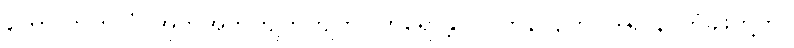
ကောလာဟလံ၊ အုတ်အုတ်ကျက်ကျက်။ ကရောန္တာ၊ ပြုကုန်လျက်။ ဒွါရာနိ၊ တံခါးတို့ကို။